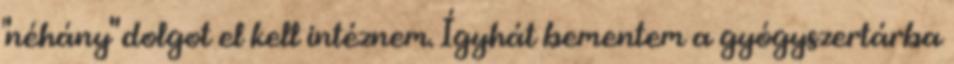
"néhány" dolgot el kell intéznem. Ígyhát bementem a gyógyszertárba